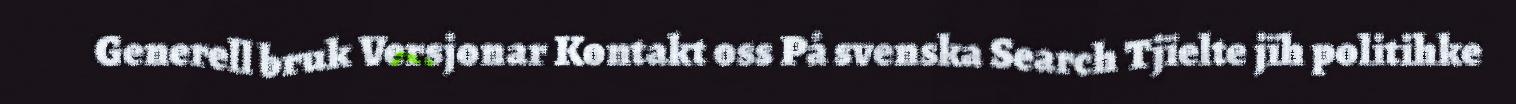
Generell bruk Versjonar Kontakt oss På svenska Search Tjïelte jïh politihke